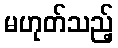
မဟုတ်သည့်